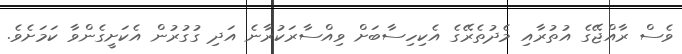
ވެސް ރާއްޖޭގެ އުތުރާއި މެދުތެރޭގެ އެކިހިސާބަށް ވިއްސާރަކުރާނެ އަދި ގުގުރުން އެކަށީގެންވާ ކަމަށެވެ.